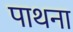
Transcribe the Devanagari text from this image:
पाथना